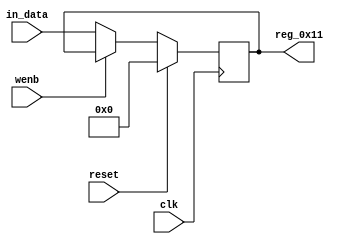
module r_ALERT_HIGH(output reg [7:0] reg_0x11, input wire reset, input wire wenb, input wire [7:0] in_data, input wire clk);
	always@(posedge clk)
	begin
		if(reset==0) begin
			if(wenb==0)
				reg_0x11<=in_data;
			else
				reg_0x11<=reg_0x11;
		end
		else
			reg_0x11<=8'h00;
	end
endmodule